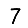
Digit: 7